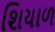
શિયાળ